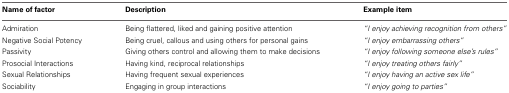
<table><thead><tr><td><b>Name of factor</b></td><td><b>Description</b></td><td><b>Example item</b></td></tr></thead><tbody><tr><td>Admiration</td><td>Being flattered, liked and gaining positive attention</td><td><i>“I enjoy achieving recognition from others”</i></td></tr><tr><td>Negative Social Potency</td><td>Being cruel, callous and using others for personal gains</td><td><i>“I enjoy embarrassing others”</i></td></tr><tr><td>Passivity</td><td>Giving others control and allowing them to make decisions</td><td><i>“I enjoy following someone else&#x27;s rules”</i></td></tr><tr><td>Prosocial Interactions</td><td>Having kind, reciprocal relationships</td><td><i>“I enjoy treating others fairly”</i></td></tr><tr><td>Sexual Relationships</td><td>Having frequent sexual experiences</td><td><i>“I enjoy having an active sex life”</i></td></tr><tr><td>Sociability</td><td>Engaging in group interactions</td><td><i>“I enjoy going to parties”</i></td></tr></tbody></table>